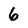
Character: 6